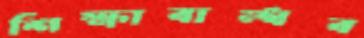
শিক্ষাবান্ধব